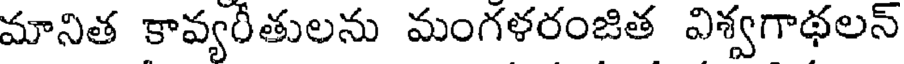
మానిత కావ్యరీతులను మంగళరంజిత విశ్వగాథలన్